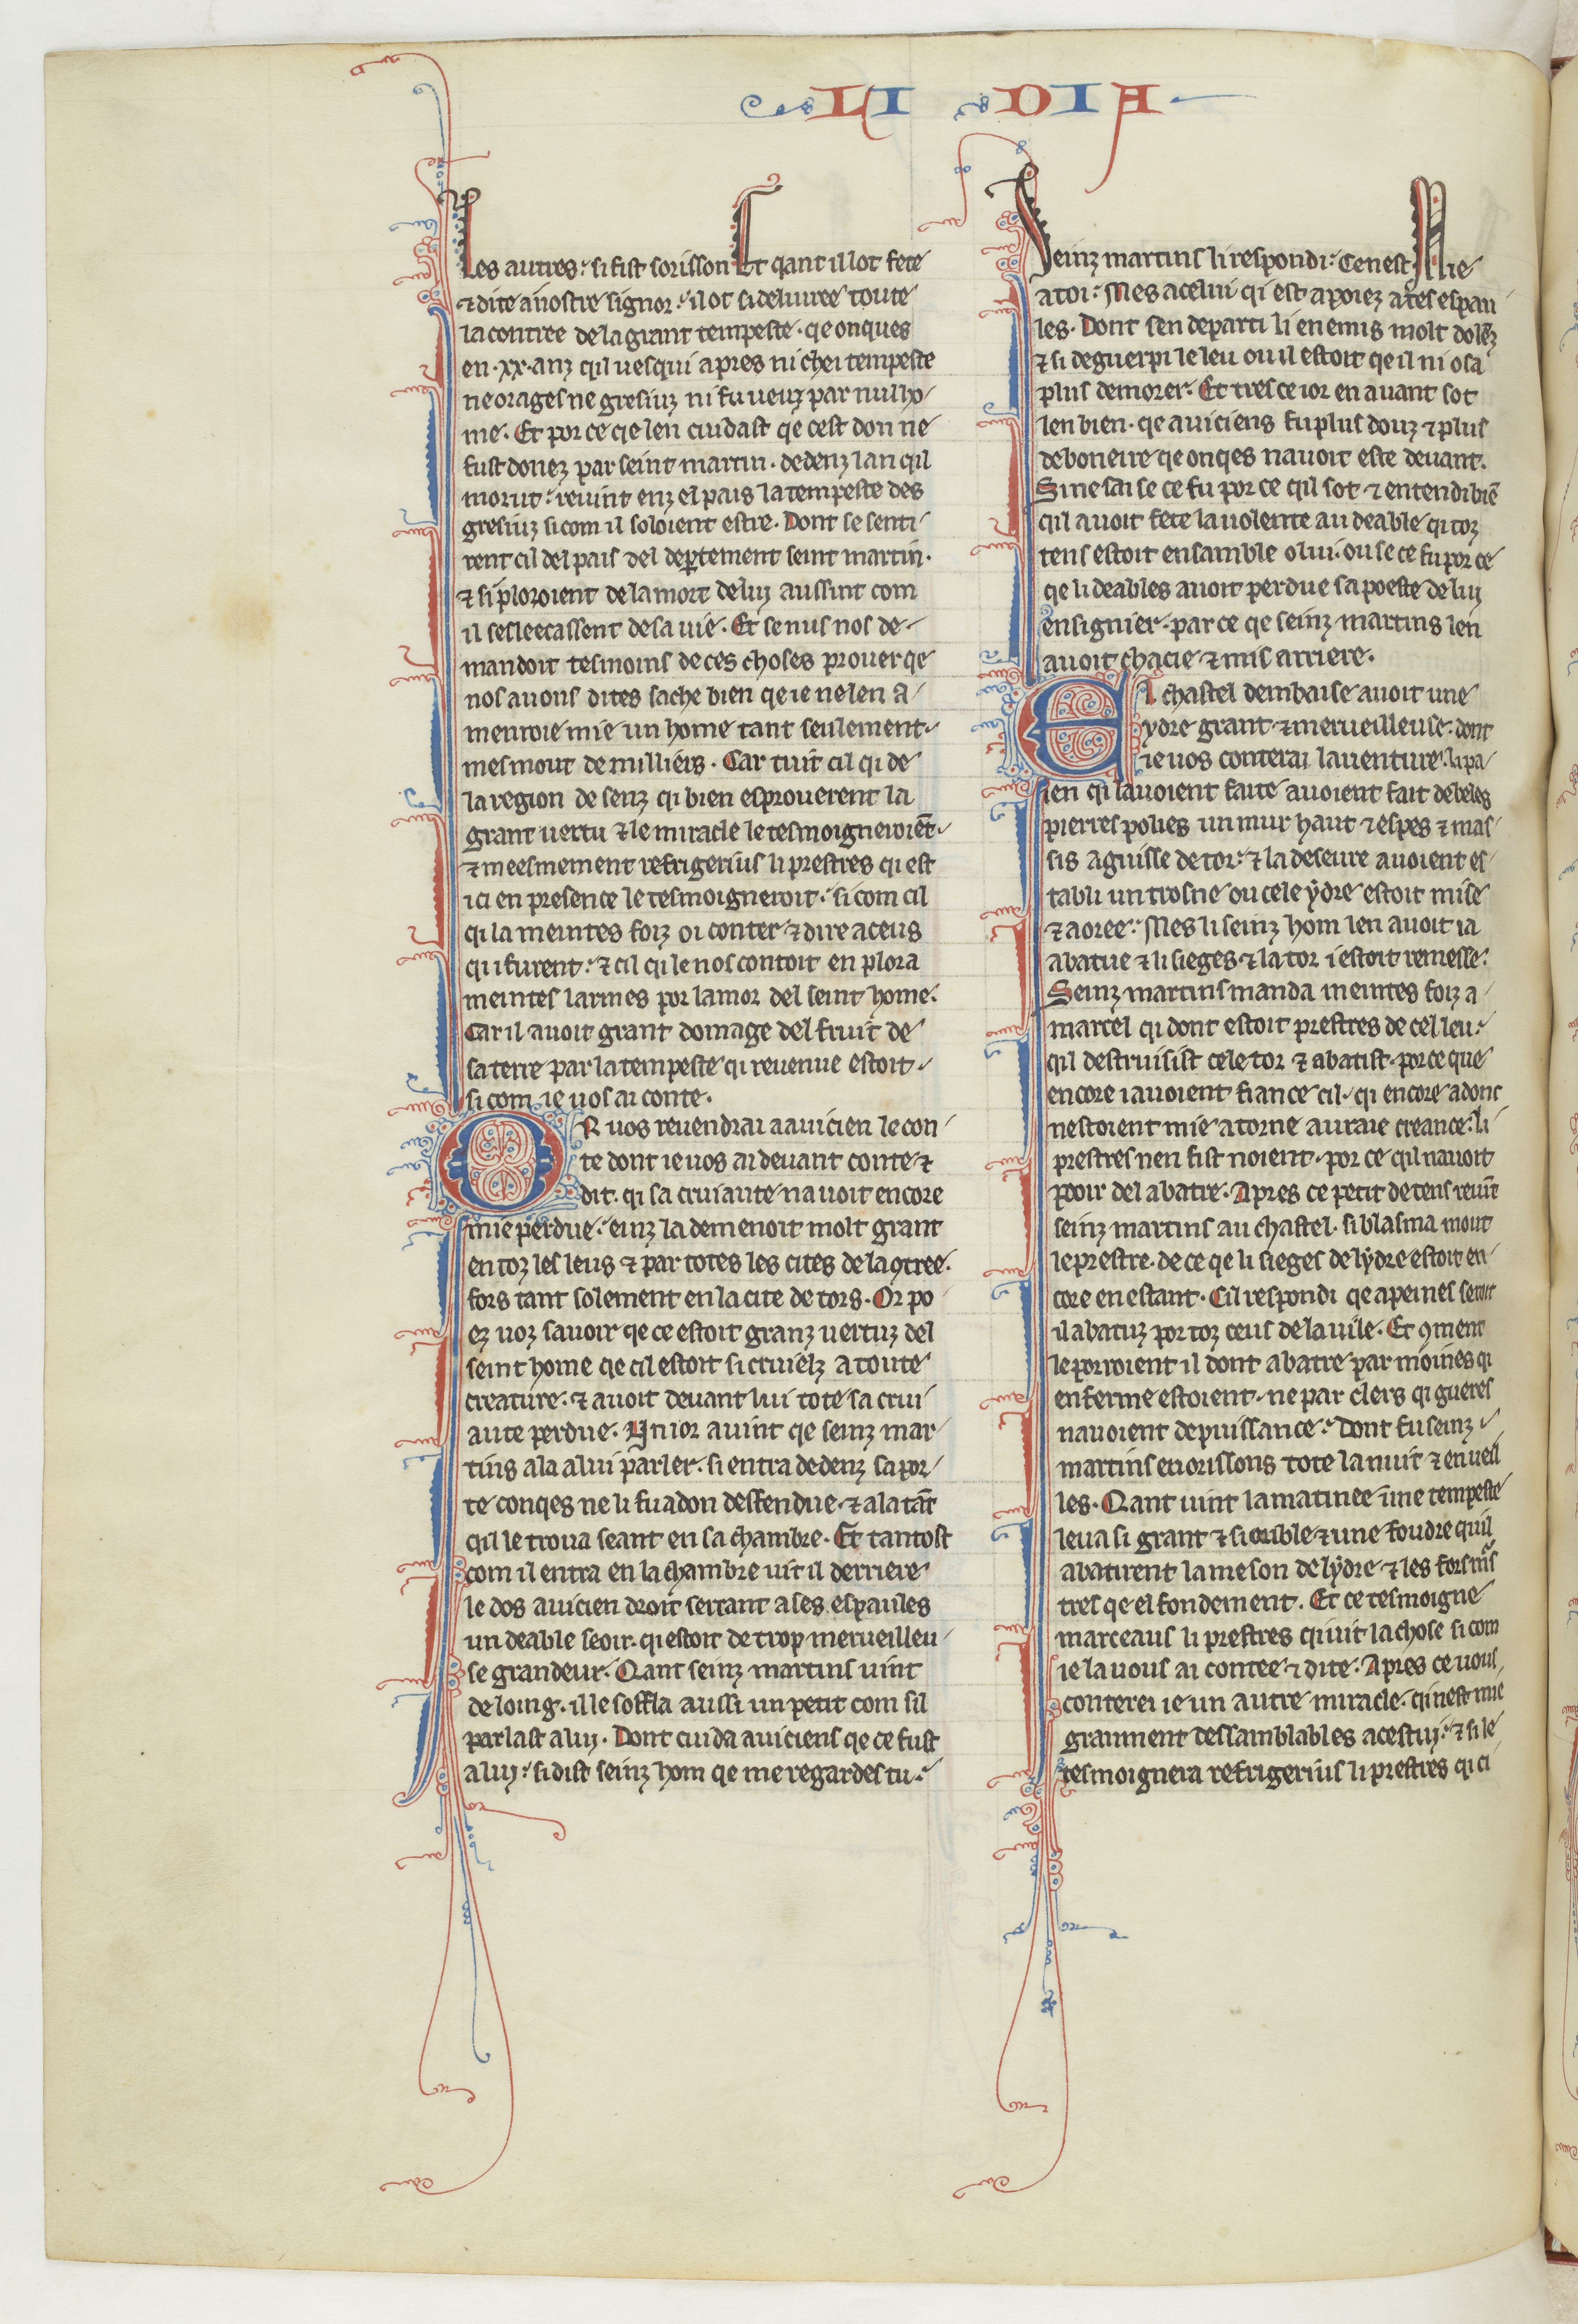
Shelfmark: Paris, BnF, fr. 412
Century: 13